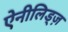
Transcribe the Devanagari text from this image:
ऐनीलिड्ज़